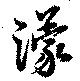
濛